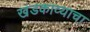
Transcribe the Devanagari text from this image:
खंडकाव्याचा